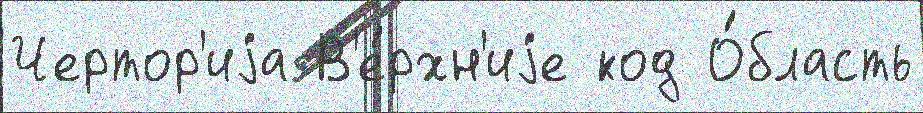
Чертор'иjа В'е́рхн'иjе код О́бласть